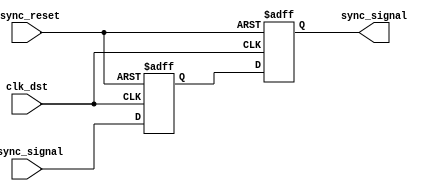
module pulsed_synchronizer (
    input wire async_signal,     // Input signal from asynchronous clock domain
    input wire clk_dst,          // Clock signal for the destination domain
    input wire async_reset,      // Asynchronous reset signal
    output reg sync_signal        // Synchronized output signal
);

    // Internal signals for the two-stage flip-flop
    reg ff1, ff2;

    // First flip-flop: samples the async_signal on clk_dst
    always @(posedge clk_dst or posedge async_reset) begin
        if (async_reset) begin
            ff1 <= 1'b0; // Reset the first flip-flop
        end else begin
            ff1 <= async_signal; // Sample the async_signal
        end
    end

    // Second flip-flop: samples the output of FF1 on clk_dst
    always @(posedge clk_dst or posedge async_reset) begin
        if (async_reset) begin
            ff2 <= 1'b0; // Reset the second flip-flop
        end else begin
            ff2 <= ff1; // Sample the output of FF1
        end
    end

    // Synchronized output signal
    always @(*) begin
        sync_signal = ff2; // Assign the output signal
    end

endmodule